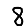
Digit: 8